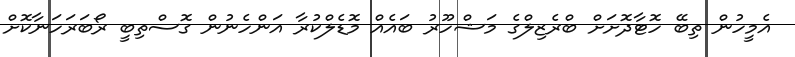
އެމީހުން ތިބޭ ހޮޓާދޮށަށް ބްރެޒިލްގެ މަޝްހޫރު ބައެއް މޮޑެލްކުރާ އަންހެނުން ގޮސްތިބީ ރޯބަރަހަނާކޮށް